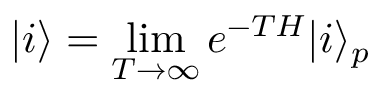
| i \rangle = \operatorname * { l i m } _ { T \rightarrow \infty } e ^ { - T H } | i \rangle _ { p }